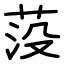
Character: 莈